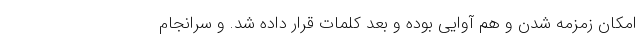
امکان زمزمه شدن و هم آوایی بوده و بعد کلمات قرار داده شد. و سرانجام